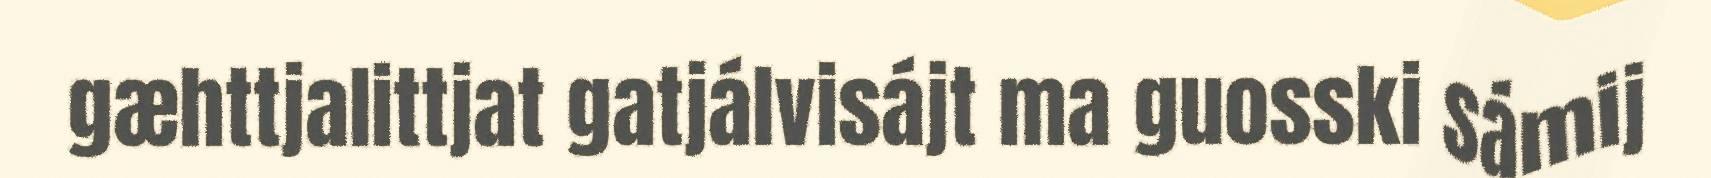
gæhttjalittjat gatjálvisájt ma guosski sámij